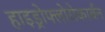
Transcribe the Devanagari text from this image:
हाइड्रोफ्लोरोकार्बन